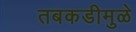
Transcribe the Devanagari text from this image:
तबकडीमुळे